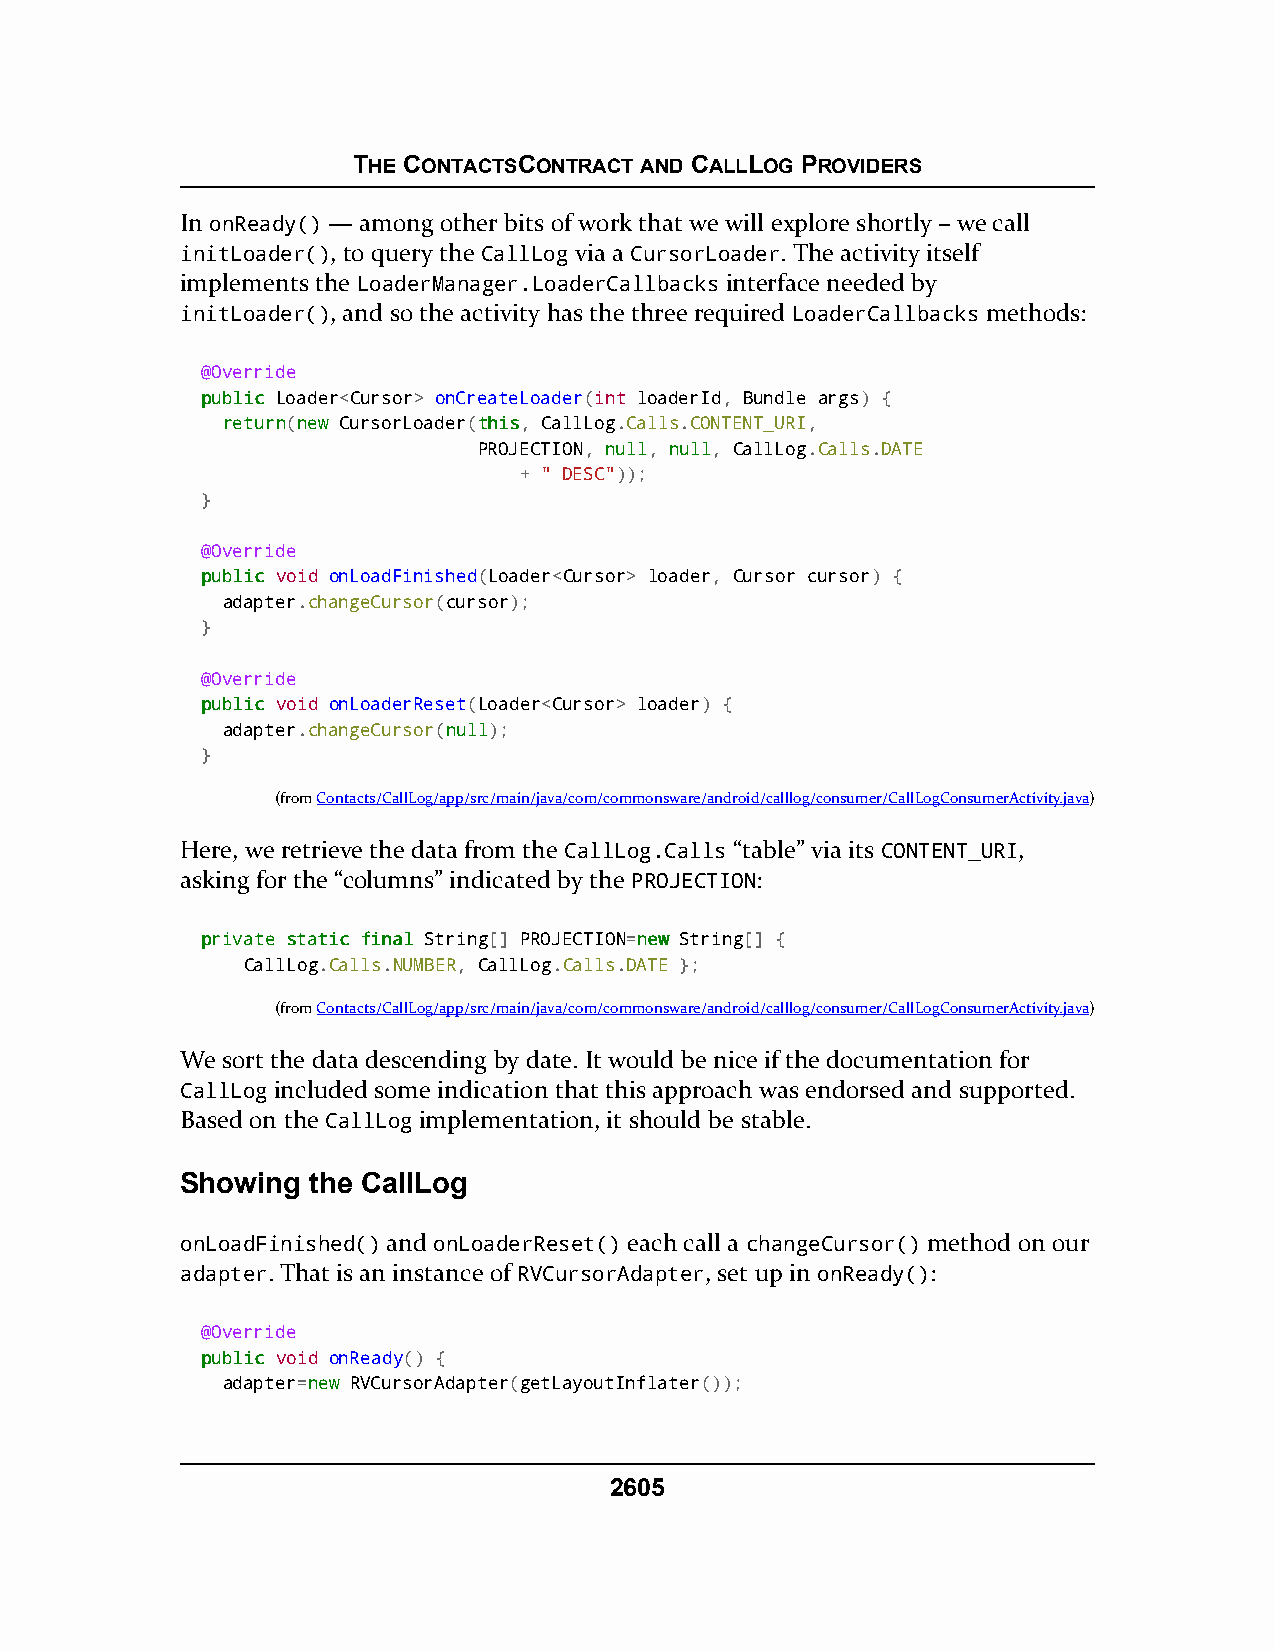
THE CONTACTSCONTRACT AND CALLLOG PROVIDERS
 In onReady() — among other bits of work that we will explore shortly – we call
 initLoader(), to query the CallLog via a CursorLoader. The activity itself
 implements the LoaderManager.LoaderCallbacks interface needed by
 initLoader(), and so the activity has the three required LoaderCallbacks methods:
 @Override
 ppuubblliicc Loader<Cursor> onCreateLoader(int loaderId, Bundle args) {
 rreettuurrnn(nneeww CursorLoader(tthhiiss, CallLog.Calls.CONTENT_URI,
 PROJECTION, nnuullll, nnuullll, CallLog.Calls.DATE
 + " DESC"));
 }
 @Override
 ppuubblliicc void onLoadFinished(Loader<Cursor> loader, Cursor cursor) {
 adapter.changeCursor(cursor);
 }
 @Override
 ppuubblliicc void onLoaderReset(Loader<Cursor> loader) {
 adapter.changeCursor(nnuullll);
 }
 (fromContacts/CallLog/app/src/main/java/com/commonsware/android/calllog/consumer/CallLogConsumerActivity.java)
 Here, we retrieve the data from the CallLog.Calls “table” via its CONTENT_URI,
 asking for the “columns” indicated by the PROJECTION:
 pprriivvaattee ssttaattiicc ffiinnaall String[] PROJECTION=nneeww String[] {
 CallLog.Calls.NUMBER, CallLog.Calls.DATE };
 (fromContacts/CallLog/app/src/main/java/com/commonsware/android/calllog/consumer/CallLogConsumerActivity.java)
 We sort the data descending by date. It would be nice if the documentation for
 CallLog included some indication that this approach was endorsed and supported.
 Based on the CallLog implementation, it should be stable.
 Showing the CallLog
 onLoadFinished() and onLoaderReset() each call a changeCursor() method on our
 adapter. That is an instance of RVCursorAdapter, set up in onReady():
 @Override
 ppuubblliicc void onReady() {
 adapter=nneeww RVCursorAdapter(getLayoutInflater());
 2605